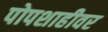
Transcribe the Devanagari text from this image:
पोपशाहीवर